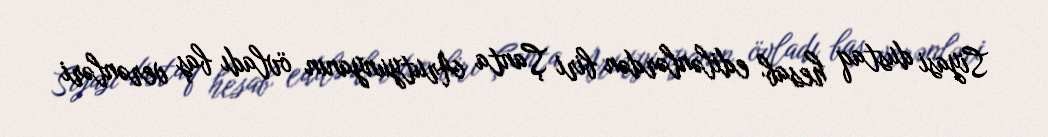
Siyasi dustaq hesab edilənlərdən biri Şanta Arutyunyanın övladı baş verənləri